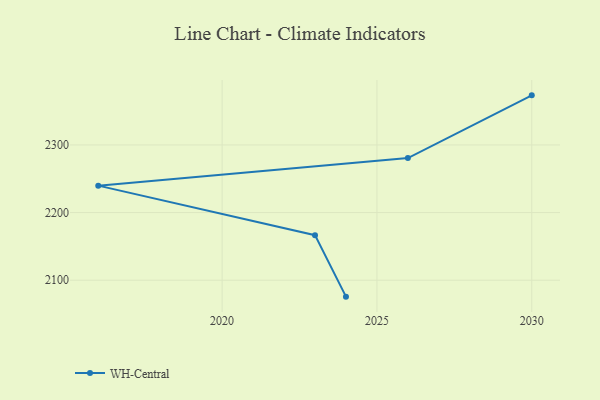
{"axis": {"x": "Year", "y": "Latency (ms)"}, "legend": ["WH-Central"], "data": [{"x": "2024", "y": 2075.7, "type": "WH-Central"}, {"x": "2023", "y": 2166.6, "type": "WH-Central"}, {"x": "2016", "y": 2239.8, "type": "WH-Central"}, {"x": "2026", "y": 2280.6, "type": "WH-Central"}, {"x": "2030", "y": 2373.3, "type": "WH-Central"}]}